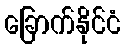
ခြောက်နိုင်ငံ